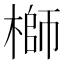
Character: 𬄁